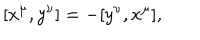
LaTeX: \lbrack x ^ { \mu } , y ^ { \nu } ] = - [ y ^ { \nu } , x ^ { \mu } ] ,